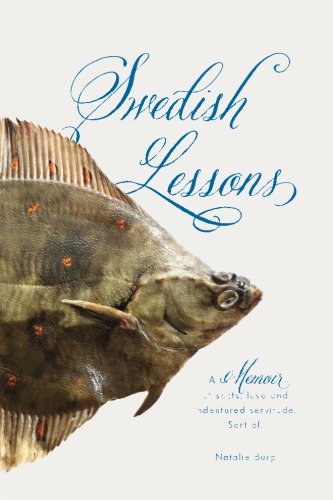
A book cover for Swedish Lessons: a memoir of sects, love and indentured servitude. Sort of.; Natalie Burg; Biographies & Memoirs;